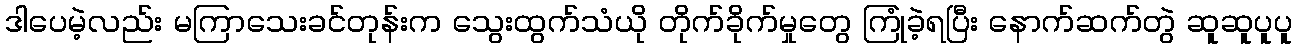
ဒါပေမဲ့လည်း မကြာသေးခင်တုန်းက သွေးထွက်သံယို တိုက်ခိုက်မှုတွေ ကြုံခဲ့ရပြီး နောက်ဆက်တွဲ ဆူဆူပူပူ